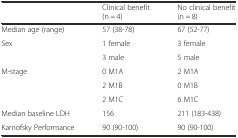
<table><thead><tr><td></td><td><b>Clinical benefit (n = 4)</b></td><td><b>No clinical benefit (n = 8)</b></td></tr></thead><tbody><tr><td>Median age (range)</td><td>57 (38-78)</td><td>67 (52-77)</td></tr><tr><td rowspan="2">Sex</td><td>1 female</td><td>3 female</td></tr><tr><td>3 male</td><td>5 male</td></tr><tr><td rowspan="3">M-stage</td><td>0 M1A</td><td>2 M1A</td></tr><tr><td>2 M1B</td><td>0 M1B</td></tr><tr><td>2 M1C</td><td>6 M1C</td></tr><tr><td>Median baseline LDH</td><td>156</td><td>211 (183-438)</td></tr><tr><td>Karnofsky Performance</td><td>90 (90-100)</td><td>90 (90-100)</td></tr></tbody></table>